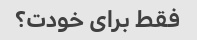
فقط برای خودت؟